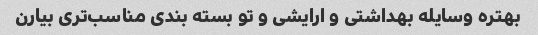
بهتره وسایله بهداشتی و ارایشی و تو بسته بندی مناسب‌تری بیارن